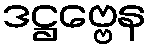
ဒဋ္ဌဗ္ဗေန